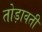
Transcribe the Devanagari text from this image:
तोड़ावती